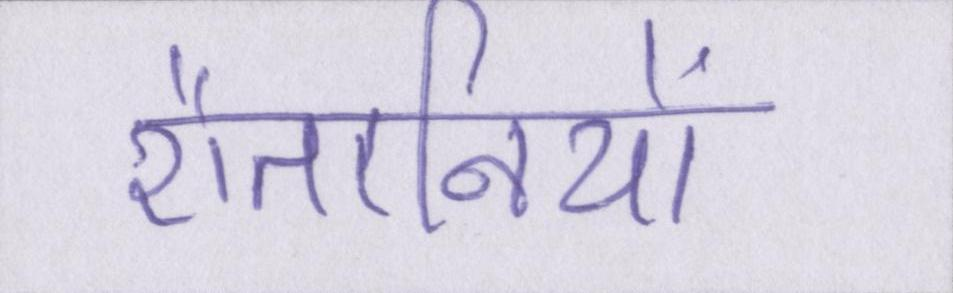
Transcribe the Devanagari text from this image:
शैतानियों